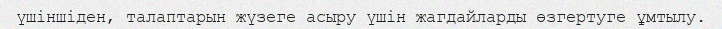
үшіншіден, талаптарын жүзеге асыру үшін жагдайларды өзгертуге ұмтылу.